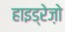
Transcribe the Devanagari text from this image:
हाइड्रेज़ो